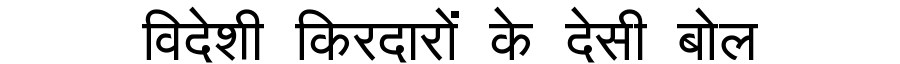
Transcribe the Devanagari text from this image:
विदेशी किरदारों के देसी बोल